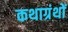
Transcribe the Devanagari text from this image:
कथाग्रंथों